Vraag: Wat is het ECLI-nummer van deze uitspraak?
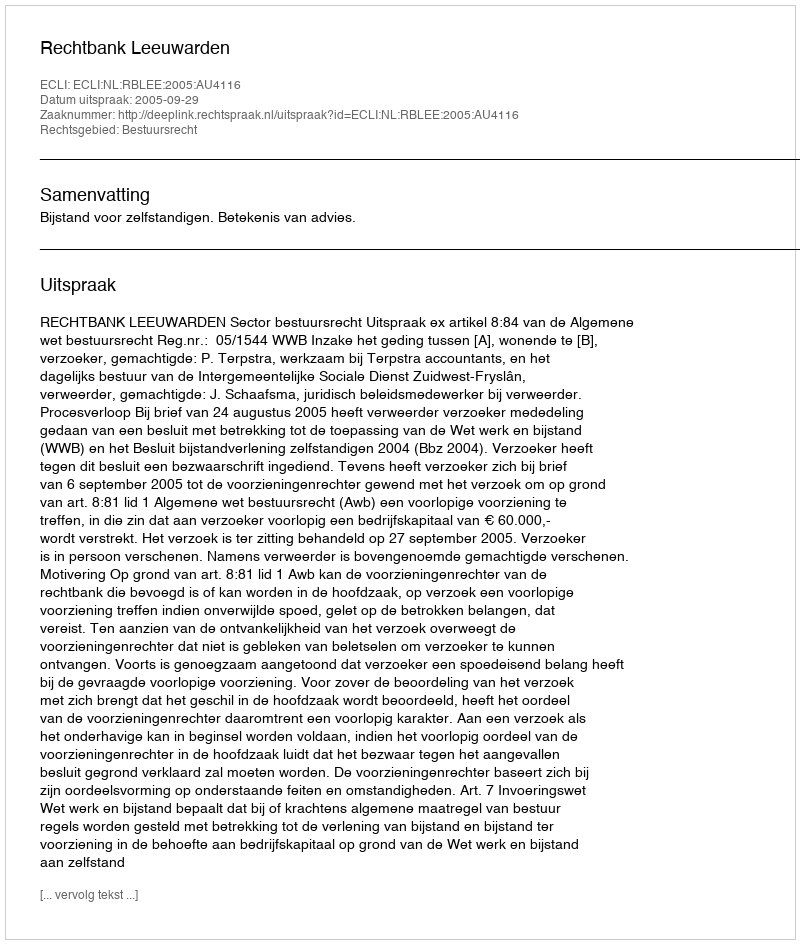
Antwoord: ECLI:NL:RBLEE:2005:AU4116